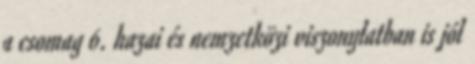
a csomag 6. hazai és nemzetközi viszonylatban is jól